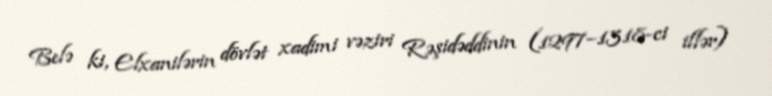
Belə ki, Elxanilərin dövlət xadimi vəziri Rəşidəddinin (1297–1318-ci illər)